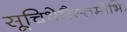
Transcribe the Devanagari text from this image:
सूचिभेद्यैस्तमोभिः